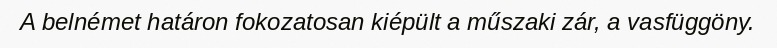
A belnémet határon fokozatosan kiépült a műszaki zár, a vasfüggöny.